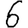
Digit: 6